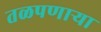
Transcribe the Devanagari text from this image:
तळपणाऱ्या